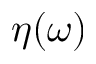
\eta ( \omega )